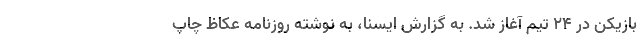
بازیکن در ۲۴ تیم آغاز شد. به گزارش ایسنا، به نوشته روزنامه عکاظ چاپ